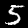
Label: 5